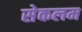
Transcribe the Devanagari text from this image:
सेकलम